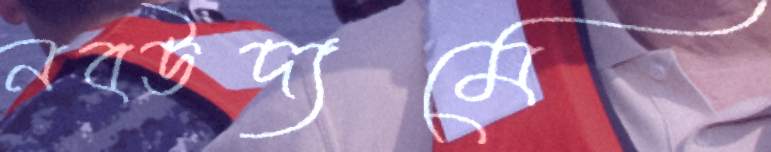
নবউদ্যমে